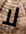
لا